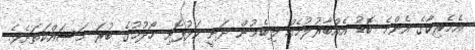
އެމެރިކާގެ އެންމެ ބޮޑު އެއްބާރުލުމެއް ލިބެމުން ދަނީ ކަޅުފޮށި ހޯދުމުގެ ބުރަ މަސައްކަތަށެވެ.